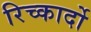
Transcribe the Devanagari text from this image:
रिच्कार्दो